画像に写った文字を読んでください
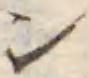
「ン」と書いてあります